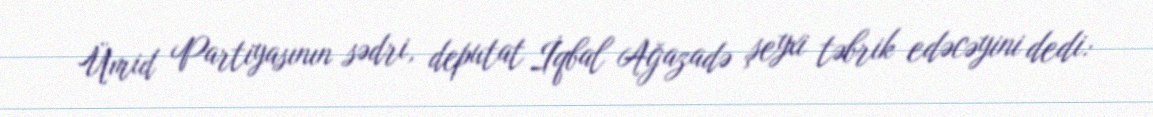
Ümid Partiyasının sədri, deputat İqbal Ağazadə şeyxi təbrik edəcəyini dedi: